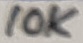
Text: 10K